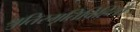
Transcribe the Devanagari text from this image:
श्रुतिस्मृतिविहितो